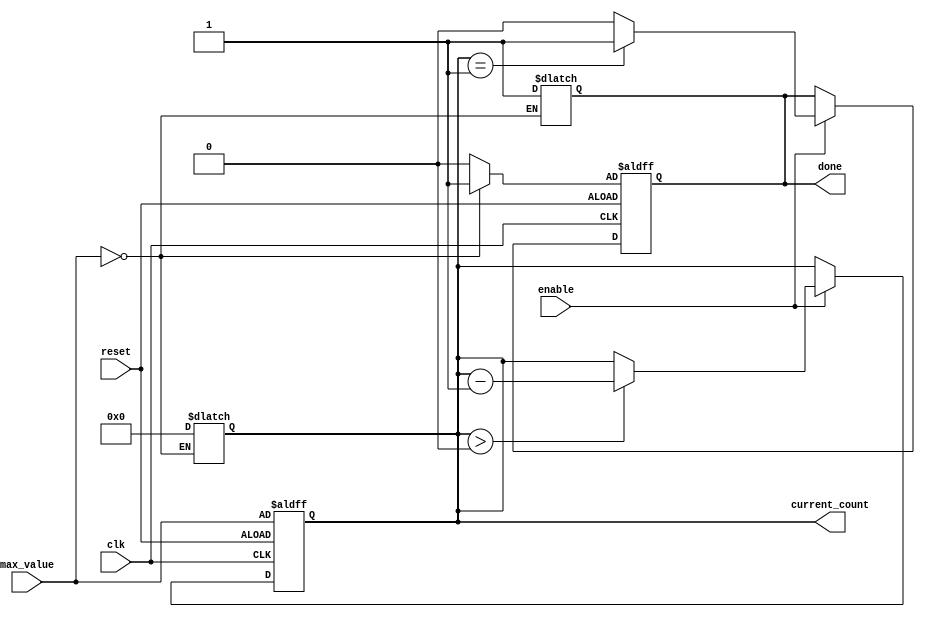
module DecrementalCounter (
    input wire clk,
    input wire reset,
    input wire enable,
    input wire [7:0] max_value,  // assuming max_value is 8 bits, adjust as needed
    output reg [7:0] current_count, // 8-bit register for the current count
    output reg done
);

// synchronous reset logic
always @(posedge clk or posedge reset) begin
    if (reset) begin
        // Initialize current_count to max_value on reset
        current_count <= max_value;
        done <= (max_value == 0) ? 1'b1 : 1'b0;  // Assert done if max_value is zero
    end else if (enable) begin
        // Decrement current_count when enabled
        if (current_count > 0) begin
            current_count <= current_count - 1;
        end
        
        // Assert done flag if current_count reaches zero
        done <= (current_count == 1) ? 1'b1 : 1'b0;  // Ensure done is set one clock cycle before reaching zero
    end
end

// Handle the case where max_value is zero
always @(*) begin
    if (max_value == 0) begin
        current_count = 0; // Ensure current_count stays at zero
        done = 1'b1;       // Assert done if max_value is zero
    end
end

endmodule